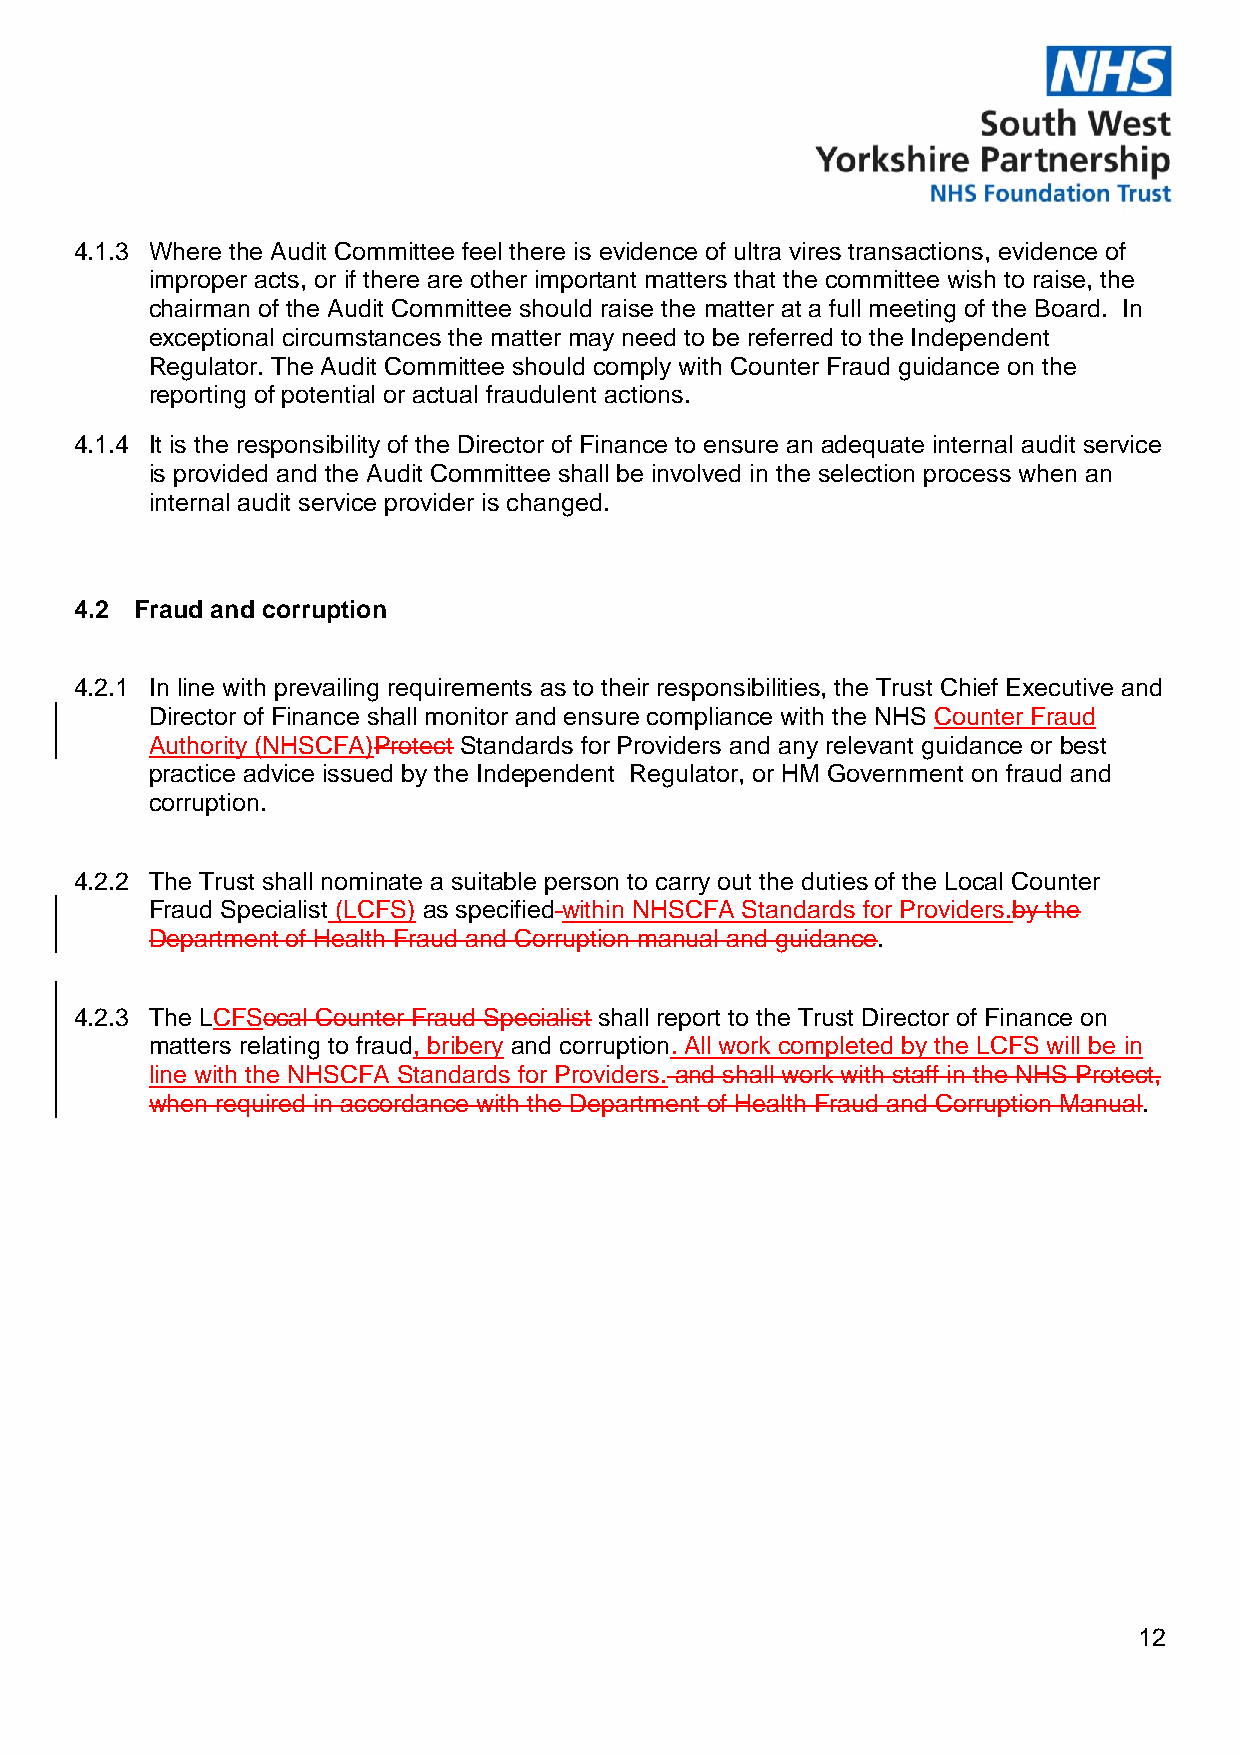
4.1.3 Where the Audit Committee feel there is evidence of ultra vires transactions, evidence of
 improper acts, or if there are other important matters that the committee wish to raise, the
 chairman of the Audit Committee should raise the matter at a full meeting of the Board. In
 exceptional circumstances the matter may need to be referred to the Independent
 Regulator. The Audit Committee should comply with Counter Fraud guidance on the
 reporting of potential or actual fraudulent actions.
 4.1.4 It is the responsibility of the Director of Finance to ensure an adequate internal audit service
 is provided and the Audit Committee shall be involved in the selection process when an
 internal audit service provider is changed.
 4.2 Fraud and corruption
 4.2.1 In line with prevailing requirements as to their responsibilities, the Trust Chief Executive and
 Director of Finance shall monitor and ensure compliance with the NHS Counter Fraud
 Authority (NHSCFA)Protect Standards for Providers and any relevant guidance or best
 practice advice issued by the Independent Regulator, or HM Government on fraud and
 corruption.
 4.2.2 The Trust shall nominate a suitable person to carry out the duties of the Local Counter
 Fraud Specialist (LCFS) as specified within NHSCFA Standards for Providers.by the
 Department of Health Fraud and Corruption manual and guidance.
 4.2.3 The LCFSocal Counter Fraud Specialist shall report to the Trust Director of Finance on
 matters relating to fraud, bribery and corruption. All work completed by the LCFS will be in
 line with the NHSCFA Standards for Providers. and shall work with staff in the NHS Protect,
 when required in accordance with the Department of Health Fraud and Corruption Manual.
 12